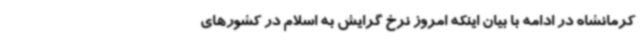
کرمانشاه در ادامه با بیان اینکه امروز نرخ گرایش به اسلام در کشورهای